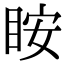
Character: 𥅥